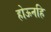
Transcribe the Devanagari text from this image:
होऊनहि